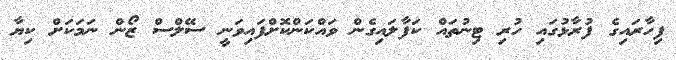
ފިހާރައިގެ ފުރާޅުގައި ހުރި ޓިނުތައް ކަފާލައިގެން ވައްކަންކޮށްފައިވަނީ ސޭލްސް ޒޯން ނަމަކަށް ކިޔާ